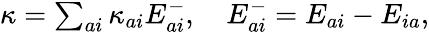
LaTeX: \begin{array}{r}{\kappa=\sum_{ai}\kappa_{ai}E_{ai}^{-},\quad E_{ai}^{-}=E_{ai}-E_{ia},}\end{array}